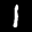
Label: 1